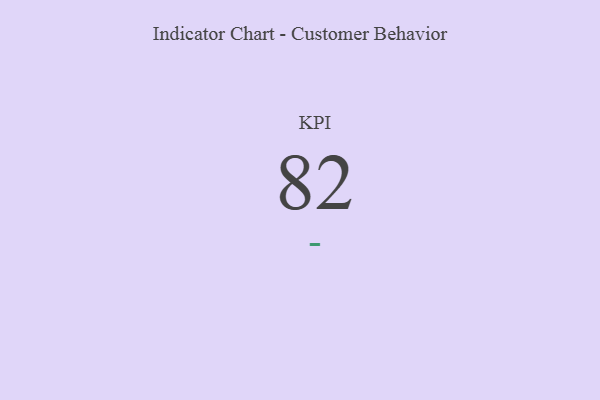
{"axis": {"x": "KPI", "y": "Value"}, "legend": [""], "data": [{"x": "KPI", "y": 82, "type": ""}]}